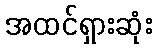
အထင်ရှားဆုံး